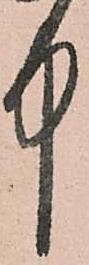
中